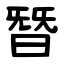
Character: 朁